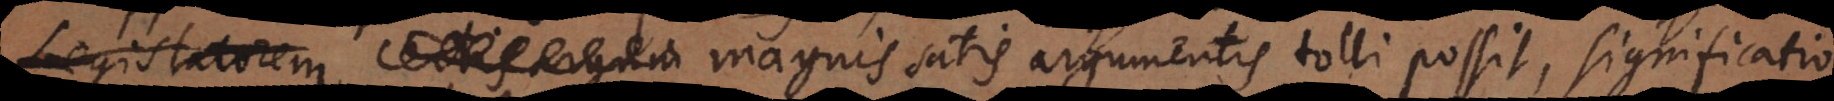
erborum magnis satis argumentis tolli possit, significatio